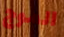
الموج